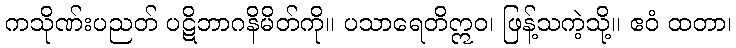
ကသိုဏ်းပညတ် ပဋိဘာဂနိမိတ်ကို။ ပသာရေတိဣဝ၊ ဖြန့်သကဲ့သို့။ ဧဝံ ထတာ၊